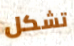
تشكل